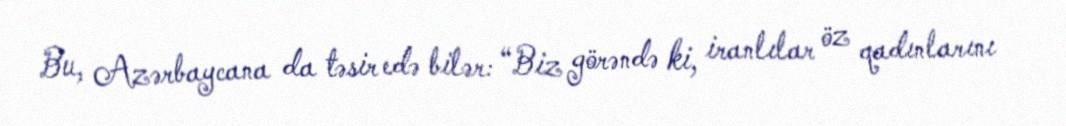
Bu, Azərbaycana da təsir edə bilər: “Biz görəndə ki, iranlılar öz qadınlarını